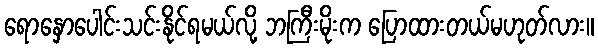
ရောနှောပေါင်းသင်းနိုင်ရမယ်လို့ ဘကြီးမိုးက ပြောထားတယ်မဟုတ်လား။